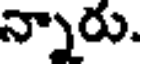
న్నారు.